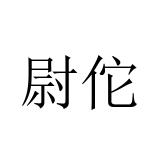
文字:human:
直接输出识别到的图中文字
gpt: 尉佗